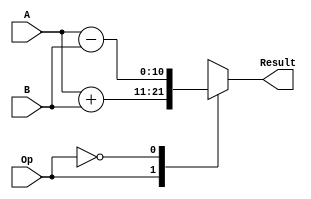
`timescale 1ns / 1ps
//////////////////////////////////////////////////////////////////////////////////
// Company: 
// Engineer: 
// 
// Design Name: 
// Module Name:    bloque_BAU 
// Project Name: 
// Target Devices: 
// Tool versions: 
// Description: 
//
// Dependencies: 
//
// Revision: 
// Revision 0.01 - File Created
// Additional Comments: 
//
//////////////////////////////////////////////////////////////////////////////////
module bloque_BAU
#(parameter msb=10)
(A,B,Op,Result);

// Entrada modulo
input wire [msb:0] A;
input wire [msb:0] B;
input wire Op;

// Salidas modulo
output reg signed [msb:0] Result; 

always @(*)
	case(Op)
		1: Result=A+B;//ADD
		0: Result=A-B;//SUB
		default: Result = 0;
	endcase
endmodule